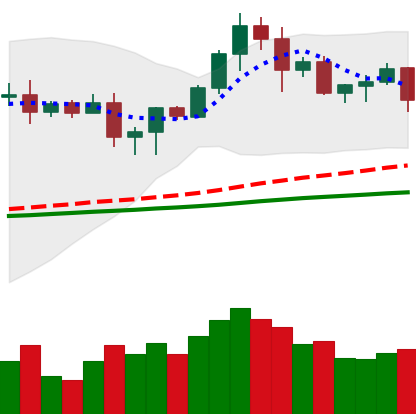
Ticker: LTC-USD
Chart end date: 2020-08-25
Forward return: 7.075%
Label: up_7plus